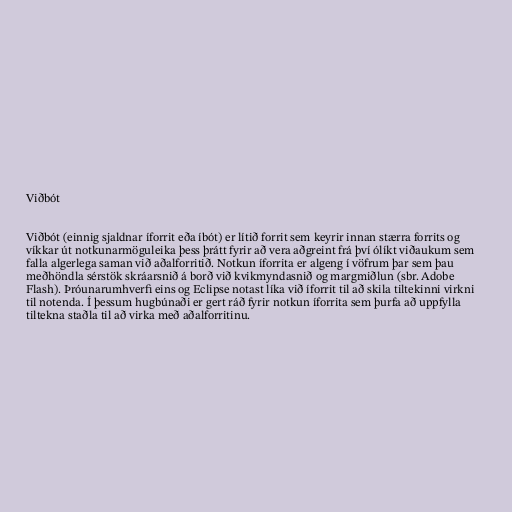
Viðbót

Viðbót (einnig sjaldnar íforrit eða íbót) er lítið forrit sem keyrir innan stærra forrits og
víkkar út notkunarmöguleika þess þrátt fyrir að vera aðgreint frá því ólíkt viðaukum sem
falla algerlega saman við aðalforritið. Notkun íforrita er algeng í vöfrum þar sem þau
meðhöndla sérstök skráarsnið á borð við kvikmyndasnið og margmiðlun (sbr. Adobe
Flash). Þróunarumhverfi eins og Eclipse notast líka við íforrit til að skila tiltekinni virkni
til notenda. Í þessum hugbúnaði er gert ráð fyrir notkun íforrita sem þurfa að uppfylla
tiltekna staðla til að virka með aðalforritinu.